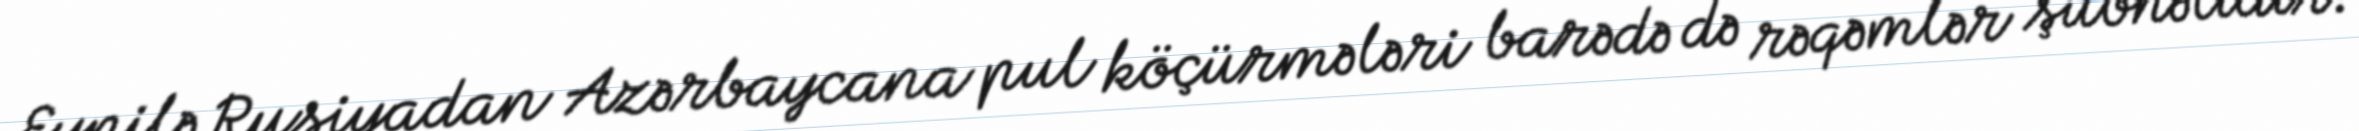
Eynilə Rusiyadan Azərbaycana pul köçürmələri barədə də rəqəmlər şübhəlidir.